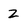
Character: Z